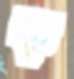
ক